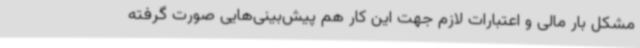
مشکل بار مالی و اعتبارات لازم جهت این کار هم پیش‌بینی‌هایی صورت گرفته